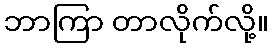
ဘာကြာ တာလိုက်လို့။